system: You are a helpful assistant.
user:
Analyze the provided spectrum to determine if it is a **S-type Star**.

- **Key Indicators for S-type Star:**

    - **(Overall Spectrum Shape):** The first and most obvious characteristic is the overall continuum (the "baseline" shape). It is **extremely "red-sloping,"** meaning the flux (light intensity) is very low on the left side (blue, ~4000-4500 Å) and rises steeply and continuously toward the right side (red, ~7000 Å+).

    - **(Primary):** The spectrum is defined by the presence of strong, broad molecular absorption "valleys" (bands) from **Zirconium Oxide (ZrO)**. The identification of these bands is the **primary requirement** for classifying a star as S-type.
        - **(Key Bandheads):** You must find distinct, deep "dips" where the light has been absorbed. The most critical band systems to locate are:
            - **~6474 Å** ($\gamma$-system): This is often the strongest and clearest ZrO feature, found in the red part of the spectrum.
            - **~5718 Å** & **~5551 Å** ($\beta$-system): A pair of prominent absorption features in the yellow-orange part of the spectrum.
            - **~4640 Å** ($\alpha$-system): A key absorption band system in the blue-green region of the spectrum.

    - **(Secondary Confirmation):** The classification is strengthened by finding additional absorption bands from other related heavy element oxides, which are expected to be present alongside ZrO.
        - **(Key Bandheads):**
            - **Yttrium Oxide (YO):** Look for absorption dips near **~4800 Å** and **~6100 Å**.
            - **Lanthanum Oxide (LaO):** Additional absorption features, particularly in the red-orange part of the spectrum, are also characteristic.

    - **(Line Profile):** The combination of the steep red continuum and these numerous, deep molecular bands (ZrO, YO, etc.) gives the entire spectrum a very **"chopped-up"** or **"bumpy"** appearance. Instead of a smooth curve, the spectrum looks as though large, wide chunks of light have been "carved out" of it at the specific wavelengths listed above.

Think first, call **spectral_visualization_tool** if needed to examine features in detail, then provide your final answer. Your response must adhere to the following strict rules:
1.  **Overall Structure:** Your response must follow the format `<think>...</think> <tool_call>...</tool_call> (if a tool is used) <answer>...</answer>`.
2.  **Tool Usage Constraint:** You may only make **one** tool call per turn.
3.  **Final Answer Format:** In the `<answer>` tag, your conclusion must be inside a `\boxed{}` command (e.g., `\boxed{YES}` or `\boxed{NO}`), followed by your justification.

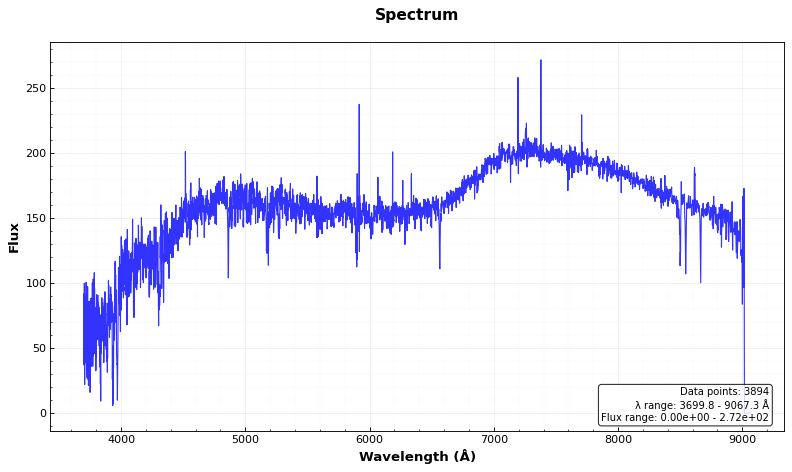
Answer: NO